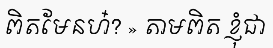
ពិតមែនហ៎? » តាមពិត ខ្ញុំជា